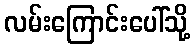
လမ်းကြောင်းပေါ်သို့